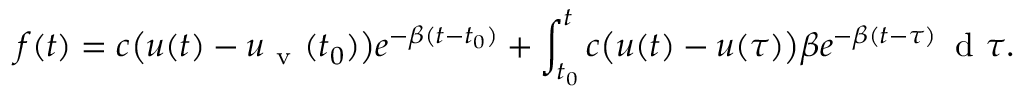
f ( t ) = c \bigl ( u ( t ) - u _ { \mathrm { ~ v ~ } } ( t _ { 0 } ) \bigr ) e ^ { - \beta ( t - t _ { 0 } ) } + \int _ { t _ { 0 } } ^ { t } c \bigl ( u ( t ) - u ( \tau ) \bigr ) \beta e ^ { - \beta ( t - \tau ) } \, \mathrm { ~ d ~ } \tau .